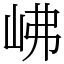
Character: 𡶒